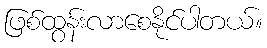
ဖြစ်ထွန်းလာစေနိုင်ပါတယ်။